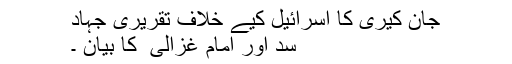
جان کیری کا اسرائیل کیے خلاف تقریری جہاد
سد اور امام غزالی ؒ کا بیان ۔